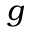
g